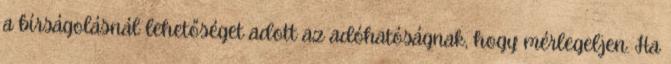
a bírságolásnál lehetőséget adott az adóhatóságnak, hogy mérlegeljen. Ha